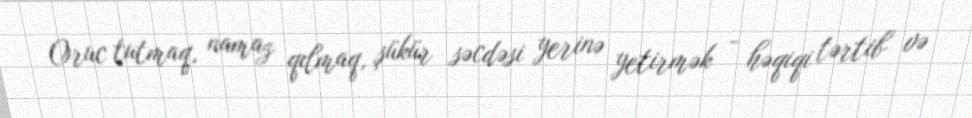
Oruc tutmaq, namaz qılmaq, şükür səcdəsi yerinə yetirmək - həqiqi tərtib və